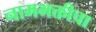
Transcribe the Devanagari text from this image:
नामभक्तीचा